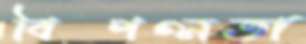
বিপণ্নতা